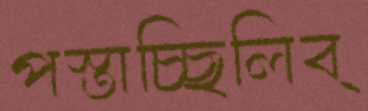
পস্তাচ্ছিলিব্